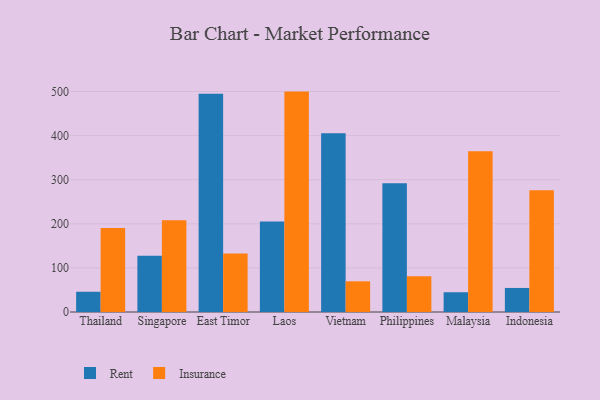
{"axis": {"x": "Country", "y": "Churn Rate (%)"}, "legend": ["Insurance", "Rent"], "data": [{"x": "Thailand", "y": 45.9, "type": "Rent"}, {"x": "Thailand", "y": 190.5, "type": "Insurance"}, {"x": "Singapore", "y": 127.5, "type": "Rent"}, {"x": "Singapore", "y": 208.1, "type": "Insurance"}, {"x": "East Timor", "y": 494.7, "type": "Rent"}, {"x": "East Timor", "y": 132.8, "type": "Insurance"}, {"x": "Laos", "y": 205.3, "type": "Rent"}, {"x": "Laos", "y": 499.7, "type": "Insurance"}, {"x": "Vietnam", "y": 405.2, "type": "Rent"}, {"x": "Vietnam", "y": 69.6, "type": "Insurance"}, {"x": "Philippines", "y": 292.0, "type": "Rent"}, {"x": "Philippines", "y": 81.0, "type": "Insurance"}, {"x": "Malaysia", "y": 44.8, "type": "Rent"}, {"x": "Malaysia", "y": 364.4, "type": "Insurance"}, {"x": "Indonesia", "y": 54.5, "type": "Rent"}, {"x": "Indonesia", "y": 275.9, "type": "Insurance"}]}